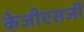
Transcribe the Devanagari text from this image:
केजीएसजी